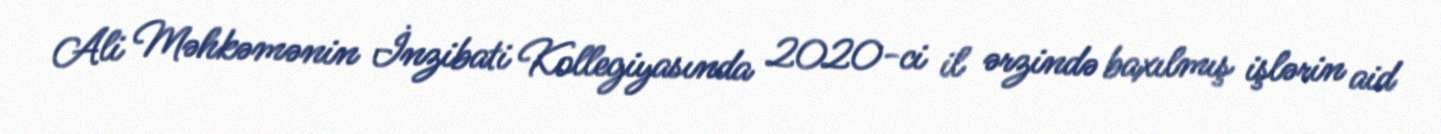
Ali Məhkəmənin İnzibati Kollegiyasında 2020-ci il ərzində baxılmış işlərin aid